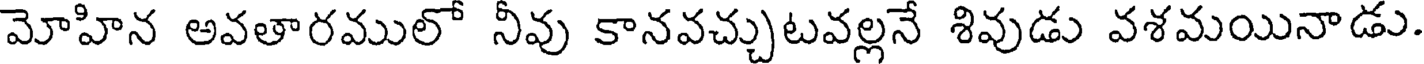
మోహిన అవతారములో నీవు కానవచ్చుటవల్లనే శివుడు వశమయినాడు